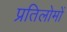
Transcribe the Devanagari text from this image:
प्रतिलोमों